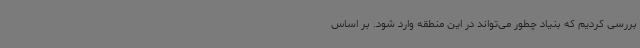
بررسی کردیم که بنیاد چطور می‌تواند در این منطقه وارد شود. بر اساس